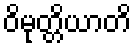
ဝိမုတ္တိယာတိ